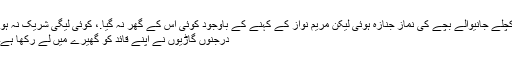
کچلے جانیوالے بچے کی نماز جنازہ ہوئی لیکن مریم نواز کے کہنے کے باوجود کوئی اس کے گھر نہ گیا.، کوئی لیگی شریک نہ ہوا
درجنوں گاڑیوں نے اپنے قائد کو گھیرے میں لے رکھا ہے۔